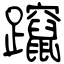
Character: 躥